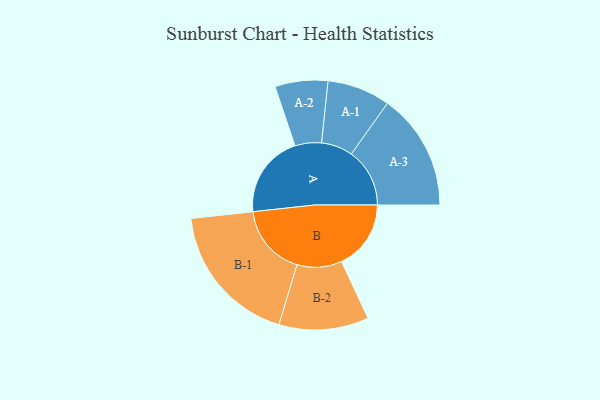
{"axis": {"x": "Segment", "y": "Value"}, "legend": ["", "A", "B"], "data": [{"x": "A", "y": 324, "type": ""}, {"x": "B", "y": 271, "type": ""}, {"x": "A-1", "y": 123, "type": "A"}, {"x": "A-2", "y": 103, "type": "A"}, {"x": "A-3", "y": 228, "type": "A"}, {"x": "B-1", "y": 280, "type": "B"}, {"x": "B-2", "y": 175, "type": "B"}]}